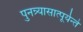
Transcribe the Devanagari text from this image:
पुनन्र्यासात्पूर्यन्ते